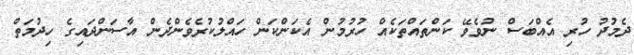
ދެމުދު ހުރި އެއްބަސް ނުވެވޭ ކަންތައްތަކެއް ހުރުމުން އެކަންކަން ހައްލުކުރެވެންދެން އާސަންދައިގެ ހިދުމަތް